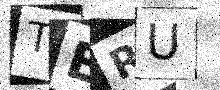
Text: TERU